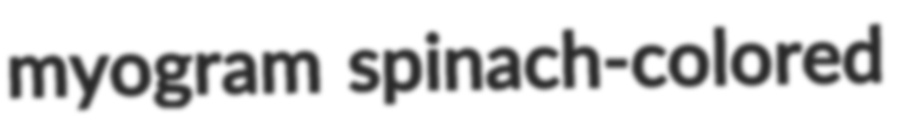
myogram spinach-colored